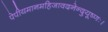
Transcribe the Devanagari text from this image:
पेपीयमानमहिजावदनेन्दुयूष्णः।